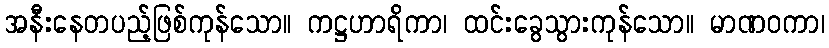
အနီးနေတပည့်ဖြစ်ကုန်သော။ ကဋ္ဌဟာရိကာ၊ ထင်းခွေသွားကုန်သော။ မာဏဝကာ၊